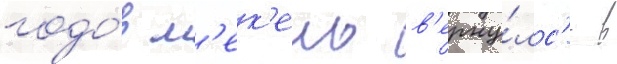
годо́в м'ек'ель в'ерну́лс'я в